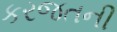
કરજતની